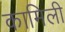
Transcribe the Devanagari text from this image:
कामिली